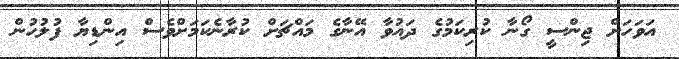
އަވަހަށް ޖިންސީ ގޯނާ ކުރިކަމުގެ ދައުވާ އޭނާގެ މައްޗަށް ކުރާނެކަމަށްވެސް އިންޑިޔާ ފުލުހުން